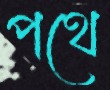
পথে